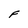
Character: F